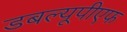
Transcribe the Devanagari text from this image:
डबल्यूपीएफ